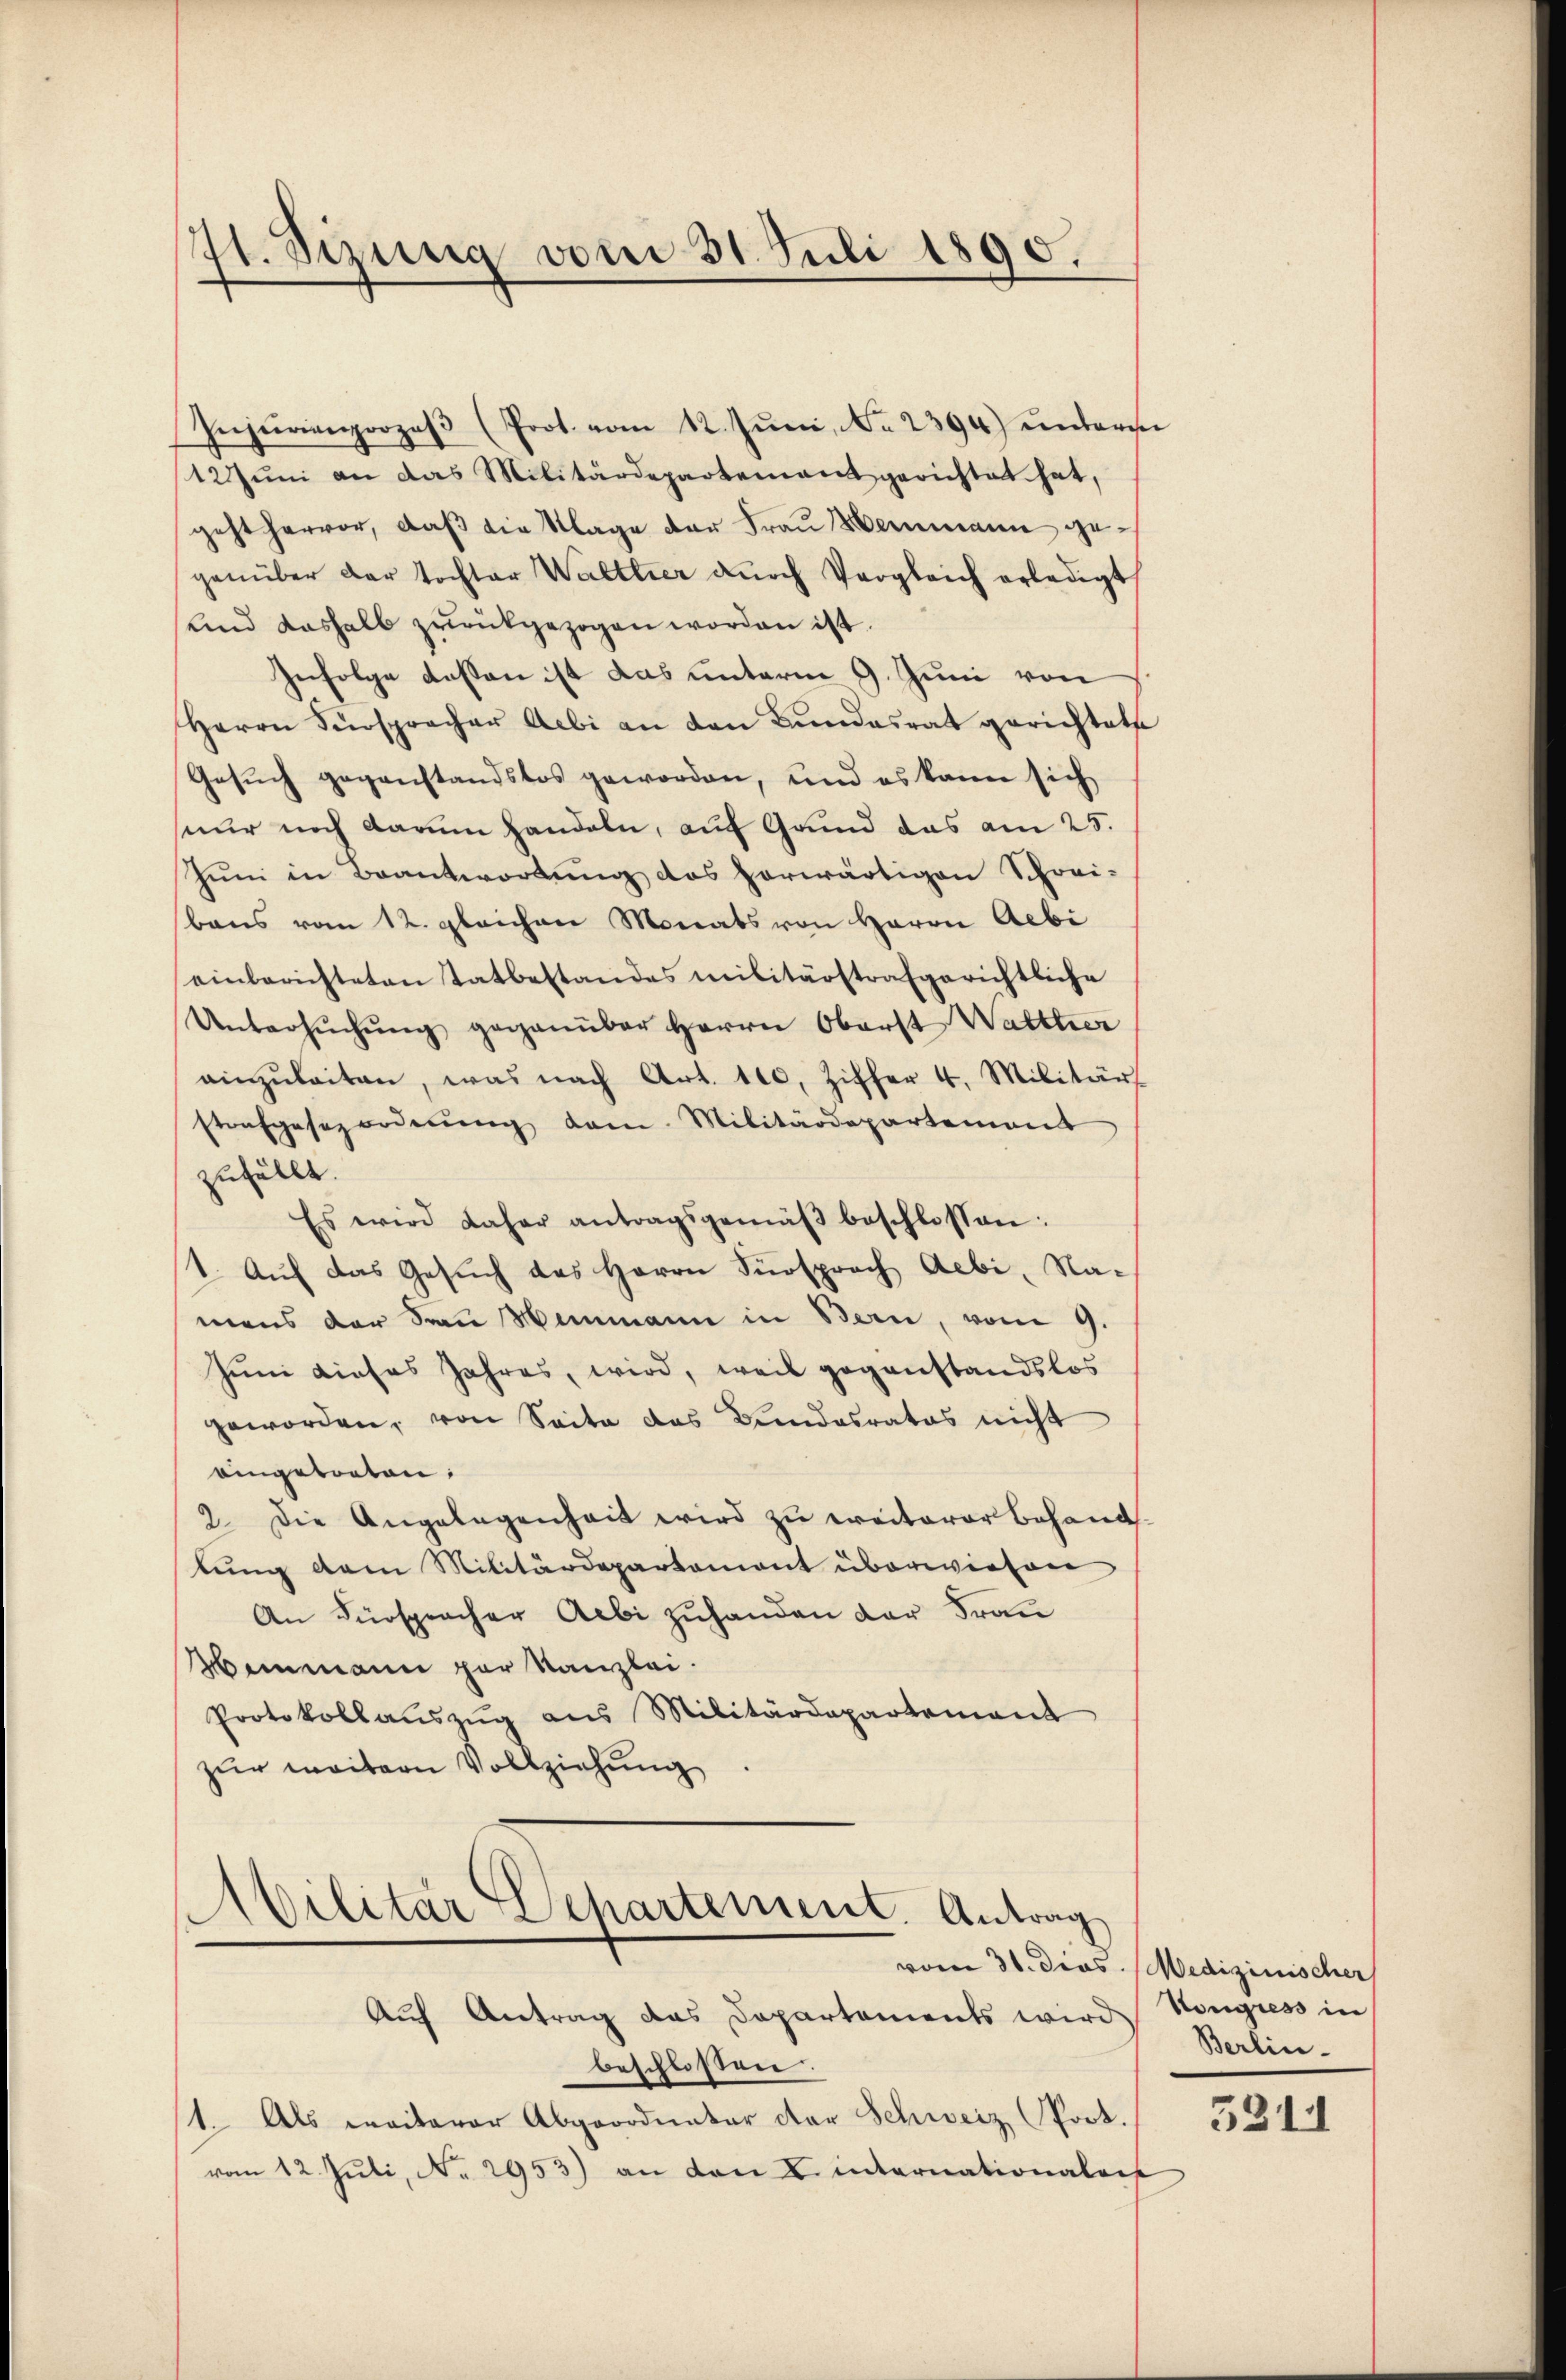
21. Sizung vom 31. Juli 1890.

Injurienprozeβ (Prot. vom 12. Juni, No 2394) unters
12Jŭni an das Militärdepartement gerichtet hat,
geht hervor, daß die Klage der Frau Heimann gegenüber der Tochter Walttier dŭrch Vergleich erledigt
und deshalb zurückgezogen worden ist.
Infolge dessen ist das unterm 9. Juni von
Herrn Fürspracher Aebi an den Bŭndesrat gerichtet
Gesuch gegenstandstos geworden, und es kann sich
nur noch darum handeln, auf Grund das am 25.
Juni in Beantwortung des herwärtigen Schrei-
bens vom 12. gleichen Monats von Herrn Gebi
einberichteten tatbestandes militärstrafgerichtliche
Untersŭchŭng gegenüber Herrn Oberst Walther
einzŭleiten, was nach Art. 100. Ziffer 4. Militär
strafgesezorderŭng dam. Militärdepartement
zufällt.
Es wird daher antragsgemäβ beschlossen:
1. Auf das Gesuch das Herrn Fürsprach Aebi, Namens der Frau Hemmann in Bern, vom 9.
Juni dieses Jahres, wird, weil gegenstandslos
geworden, von Seite das Bundesrates nicht
eingetreten:
2. Die Angelegenheit wird zu ereiterer behand
lung dem Militärdepartement überwiesen
An Fürspracher Aebi zuhanden der Frau
Heimann par Kanzlei.
Protokollaŭszŭg ans Militärdepartement
zur weitern Vollziehung

Militar Departement. Antrag
Auf Antrag das Departements wird Nongress in

beschloßen.
1. Als weiterer Abgeordneter der Schweiz. Port.
vom 12. Juli, No. 2953) an den L. internationalen

vom 30. Dios. Medizinischer
Berlin-

5311